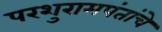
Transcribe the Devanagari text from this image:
परशुरामपंतांचे